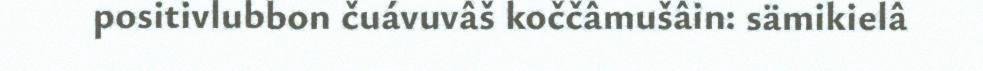
positivlubbon čuávuvâš koččâmušâin: sämikielâ